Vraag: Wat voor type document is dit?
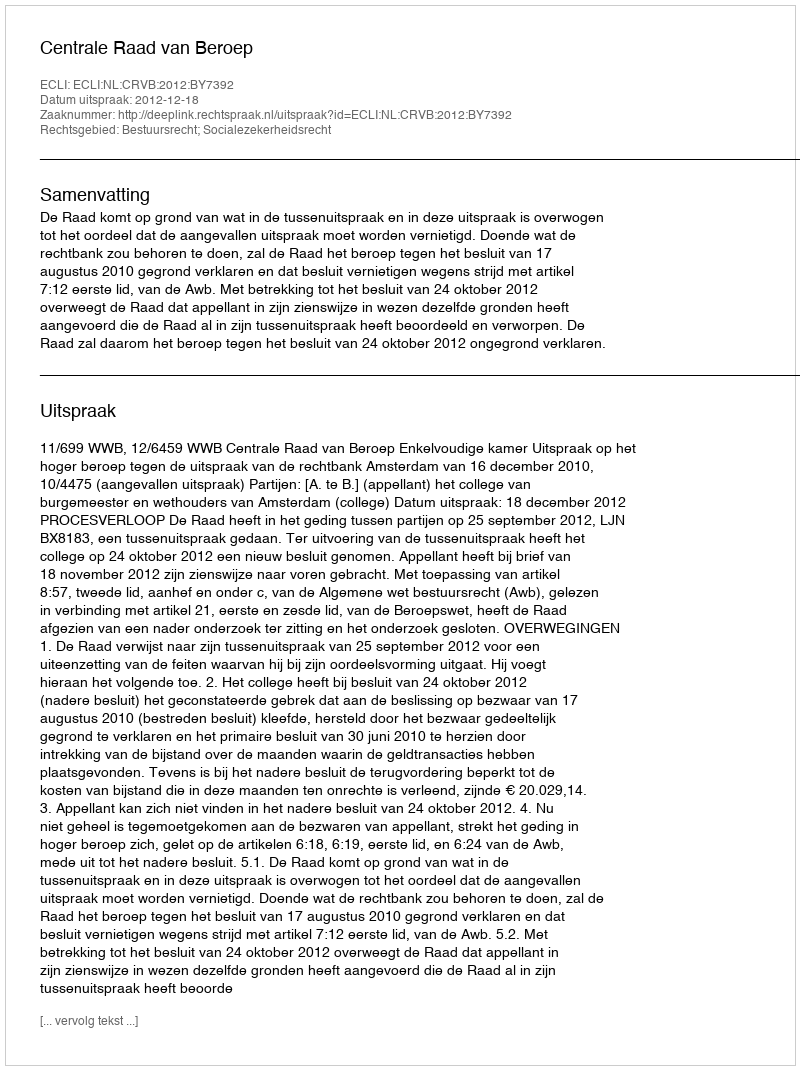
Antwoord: Uitspraak